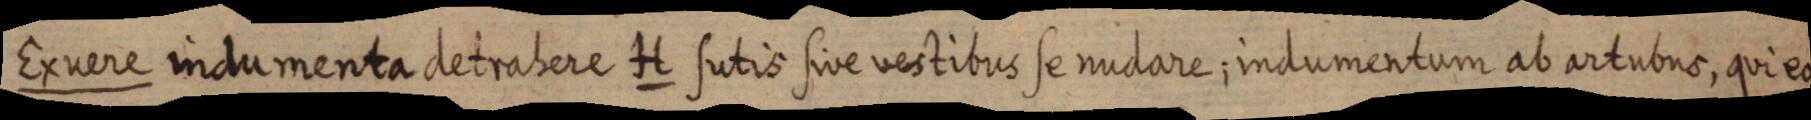
Exuere indumenta detrabere H sutis sive vestibus se nudare indumentum ab artubus, qui eo